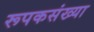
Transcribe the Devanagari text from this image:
रूपकसंख्या